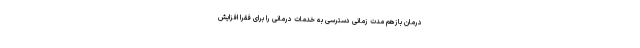
درمان بازهم مدت زمانی دسترسی به خدمات درمانی را برای فقرا افزایش